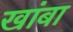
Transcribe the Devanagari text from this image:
खांबा